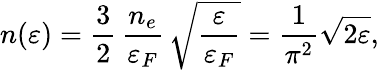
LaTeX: n(\varepsilon)=\frac{3}{2}\, \frac{n_{e}}{\varepsilon_{F}}\, \sqrt{\frac{\varepsilon}{\varepsilon_{F}}}=\frac{1}{\pi^{2}}\sqrt{2\varepsilon},